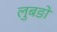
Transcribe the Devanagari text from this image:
लुबङो